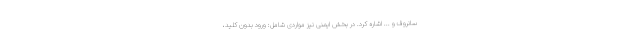
سانروف و ... اشاره کرد. در بخش ایمنی نیز مواردی شامل: ورود بدون کلید،